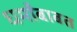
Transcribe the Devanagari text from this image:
धर्मांबाबत